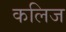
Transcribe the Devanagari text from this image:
कलिज